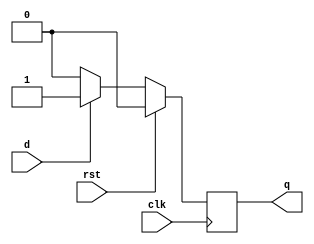
module d_ff(q,d,clk,rst);
input clk,d,rst;
output reg q;
// initial q<=1'b0;
always @(posedge clk) begin
    if(rst)q<=1'b0;
    else if(~d) begin
        q<=1'b0;
    end
    else begin
        q<=1'b1;
    end
end
endmodule

module ControlLogic(z,s,x,t0,t1,t2,clk,set);
input clk,z,s,x,set;
output t0,t1,t2;
d_ff d1(t0,(t0 & (~s))|(t2 & z),clk,set);
d_ff d2(t1,(t0 & s)|(t2 &(~x) & (~z))|(t1 & (~x)),clk,1'b0);
d_ff d3(t2,(t1 & x)|(t2 & x & (~z)),clk,1'b0);
endmodule